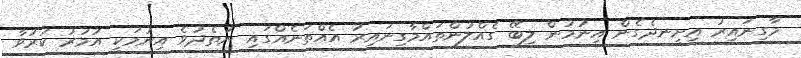
މާގިނައިރު އިށީނދެގެން އިނުމުން ލިބޭ ގެއްލުންތައްމާގިނައިރު އެއްތަނެއްގައި ނުތެދުވެ އިނުމަކީ އުމުރު ކުރުވާ